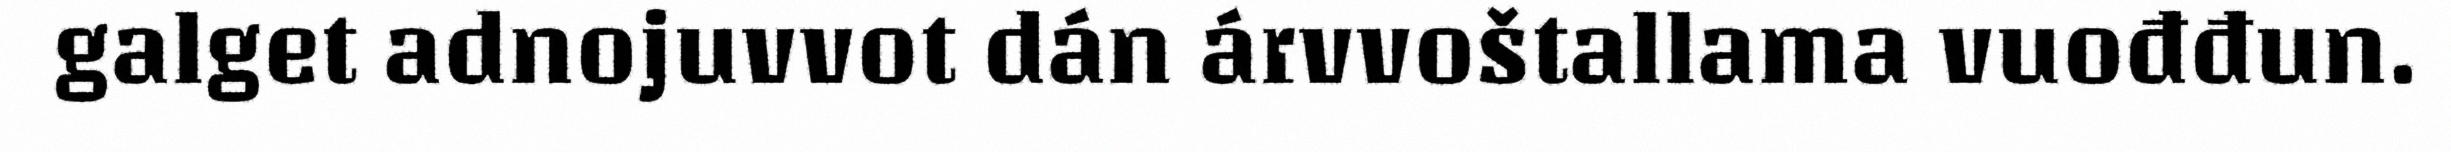
galget adnojuvvot dán árvvoštallama vuođđun.